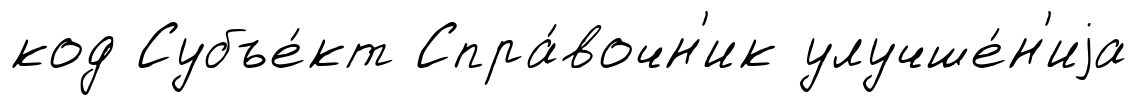
код Субъе́кт Спра́вочн'ик улучше́н'иjа